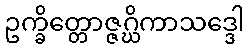
ဥက္ခိတ္တောဇ္ဇဂ္ဃိကာသဒ္ဒေါ